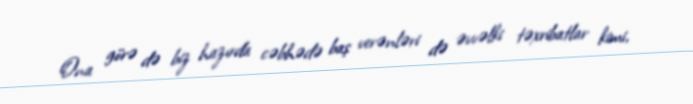
Ona görə də biz hazırda cəbhədə baş verənləri də əvvəlki təxribatlar kimi,